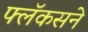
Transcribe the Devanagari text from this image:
फ्लॅकसने